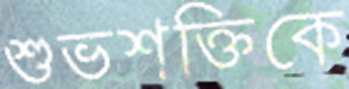
শুভশক্তিকে